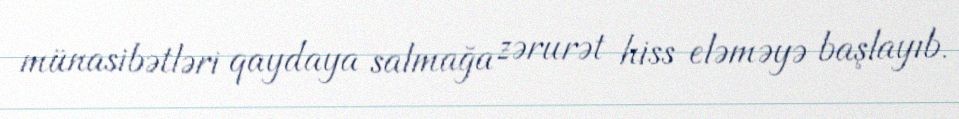
münasibətləri qaydaya salmağa zərurət hiss eləməyə başlayıb.